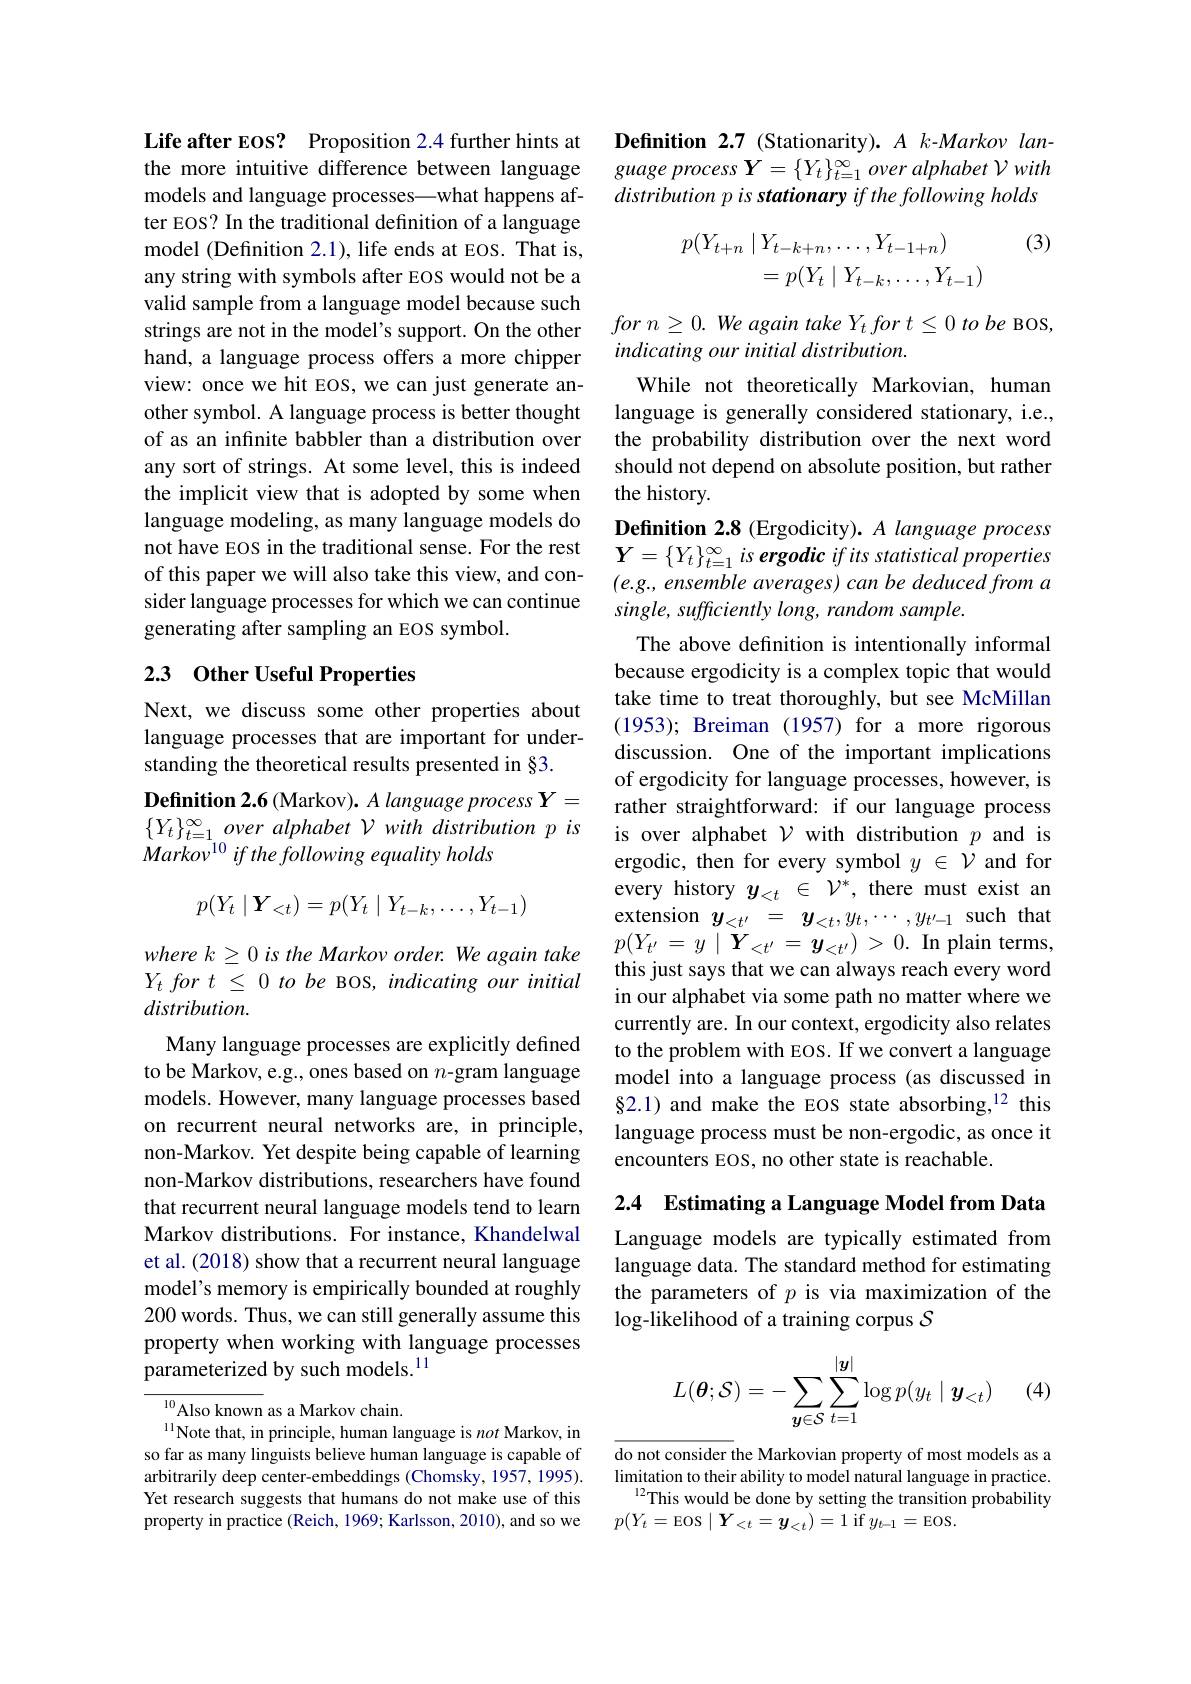
Life after EOS? Proposition 2.4 further hints at the more intuitive difference between language models and language processes—what happens after EOS? In the traditional definition of a language model (Definition 2.1), life ends at EOS. That is, any string with symbols after EOS would not be a valid sample from a language model because such strings are not in the model's support. On the other hand, a language process offers a more chipper view: once we hit EOS, we can just generate another symbol. A language process is better thought of as an infinite babbler than a distribution over any sort of strings. At some level, this is indeed the implicit view that is adopted by some when language modeling, as many language models do not have EOS in the traditional sense. For the rest of this paper we will also take this view, and con- $(e.g.,ensemble$ averages) can be deduced from a
sider language processes for which we can continue
generating after sampling an EOS symbol.

## 23 Other Useful Properties

Next, we discuss some other properties about language processes that are important for understanding the theoretical results presented in §3.
Definition 2.6 (Markov). A language process Y=
$$p(Y_t\mid\boldsymbol{Y}_{<t})=p(Y_t\mid Y_{t-k},\ldots,Y_{t-1})$$
where k 2 0 is the Markov order. We again take $Y_{t}for$ $t$ $\leq$ 0 $to$ $be$ BOS, indicating our initial distribution.
Many language processes are explicitly defined to be Markov, e.g., ones based on $n$-gram language models. However, many language processes based on recurrent neural networks are, in principle, non-Markov. Yet despite being capable of learning non-Markov distributions, researchers have found that recurrent neural language models tend to learn Markov distributions. For instance, Khandelwal et al. (2018) show that a recurrent neural language model's memory is empirically bounded at roughly 200 words. Thus, we can still generally assume this property when working with language processes parameterized by such models.$^{11}$

$^{10}$Also known as a Markov chain.
$^{11}$Note that, in principle, human language is not Markov, in so far as many linguists believe human language is capable of arbitrarily deep center-embeddings (Chomsky, 1957, 1995). Yet research suggests that humans do not make use of this property in practice (Reich, 1969; Karlsson, 2010), and so we

Definition 2.7 (Stationarity). $A$ k-Markov language process $\boldsymbol{Y}= \{ Y_t\} _{t= 1}^\infty \textit{over alphabet V with}$ distribution p is stationary if the following holds

(3)
$$\begin{aligned}p(Y_{t+n}\mid Y_{t-k+n},\ldots,Y_{t-1+n})\\=p(Y_t\mid Y_{t-k},\ldots,Y_{t-1})\end{aligned}$$
for $n\geq 0.$ $We$ again take $Y_{t}$ for $t\leq 0$ $to$ $be$ BOS,
indicating our initial distribution.
While not theoretically Markovian, human language is generally considered stationary, i.e., the probability distribution over the next word should not depend on absolute position, but rather the history.

Definition 2.8 (Ergodicity). A language process $Y=\{Y_t\}_{t=1}^\infty$ is ergodic if its statistical properties single, sufficiently long, random sample.
The above defnition is intentionally informal because ergodicity is a complex topic that would take time to treat thoroughly, but see McMillan (1953); Breiman (1957) for a more rigorous discussion. One of the important implications of ergodicity for language processes, however, is rather straightforward: if our language process
$\begin{array}{llll}\{Y_t\}_{t=1}^\infty over~alphabet~\mathcal{V}~with~distribution~p~is~&\text{is over alphabet }\mathcal{V}~\mathrm{with~distribution~}p~\mathrm{and~is}\\Markov^{10}if~thefollowing~equality~holds&&\text{ergodic, then for every symbol }y\in\mathcal{V}~\mathrm{and~for}\end{array}$
ergodic, then for every symbol $y\in\mathcal{V}$ and for every history $y_{<t}\in\mathcal{V}^*$, there must exist an extension $y_{<t^{\prime}}=y_{<t},y_{t},\cdots,y_{t^{\prime}-1}$ such that $p(Y_{t^{\prime}}=y\mid\dot{Y}_{<t^{\prime}}=y_{<t^{\prime}})>0.$In plain terms, this just says that we can always reach every word in our alphabet via some path no matter where we currently are. In our context, ergodicity also relates to the problem with EOS. If we convert a language model into a language process (as discussed in §2.1) and make the EOS state absorbing,$^{12}$ this language process must be non-ergodic, as once it encounters EOS, no other state is reachable.

2.4 Estimating a Language Model from Data

Language models are typically estimated from language data. The standard method for estimating the parameters of $p$ is via maximization of the log-likelihood of a training corpus $\mathcal{S}$
$$L(\boldsymbol{\theta};\mathcal{S})=-\sum_{\boldsymbol{y}\in\mathcal{S}}\sum_{t=1}^{|\boldsymbol{y}|}\log p(y_t\mid\boldsymbol{y}_{<t})$$
(4)

do not consider the Markovian property of most models as a limitation to their ability to model natural language in practice. $^{12}$This would be done by setting the transition probability $p(Y_{t}=$EOS$\mid\boldsymbol{Y}_<t=y_{<t})=1$if$y_t-1=$EOS.